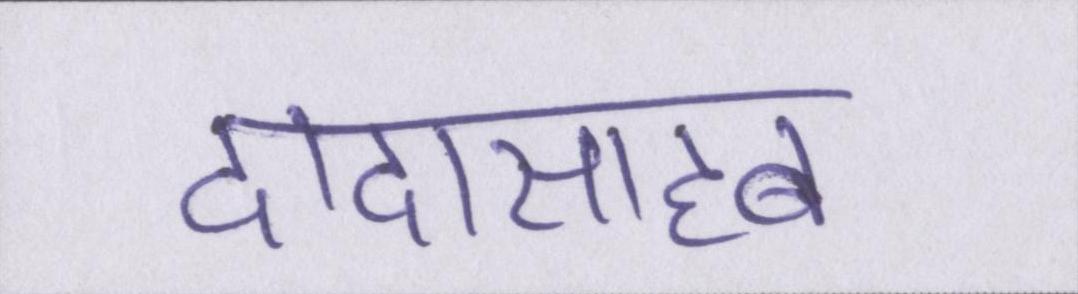
दादासाहब